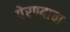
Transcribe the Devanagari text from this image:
पेरण्याचा